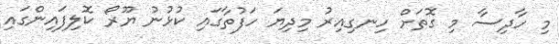
މި ހާދިސާ މި ގޮތަށް ހިނގިއިރު މިދިޔަ ހަފުތާގައި ކުޅުނު ޔޫރޯ ކޮލިފައިންގައި